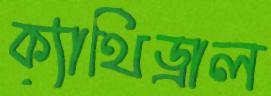
ক্যাথিড্রাল